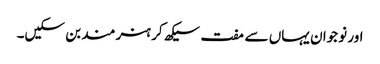
اور نوجوان یہاں سے مفت سیکھ کر ہنر مند بن سکیں۔